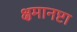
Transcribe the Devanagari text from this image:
क्षमानष्टा